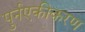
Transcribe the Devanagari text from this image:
पुर्नएकीकरण